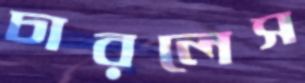
চারলেস